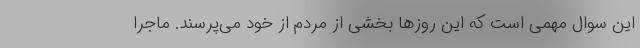
این سوال مهمی است که این روزها بخشی از مردم از خود می‌پرسند. ماجرا